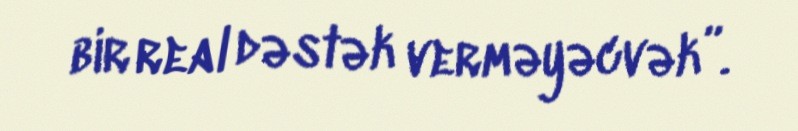
bir real dəstək verməyəcvək”.